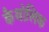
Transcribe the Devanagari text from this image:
कैथोलिक